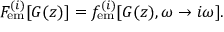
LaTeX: F _ { { \mathrm { e m } } } ^ { ( i ) } [ G ( z ) ] = f _ { { \mathrm { e m } } } ^ { ( i ) } [ G ( z ) , \omega \rightarrow i \omega ] .